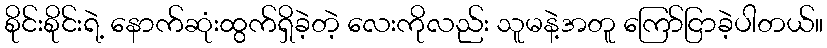
စိုင်းစိုင်းရဲ့ နောက်ဆုံးထွက်ရှိခဲ့တဲ့ လေးကိုလည်း သူမနဲ့အတူ ကြော်ငြာခဲ့ပါတယ်။